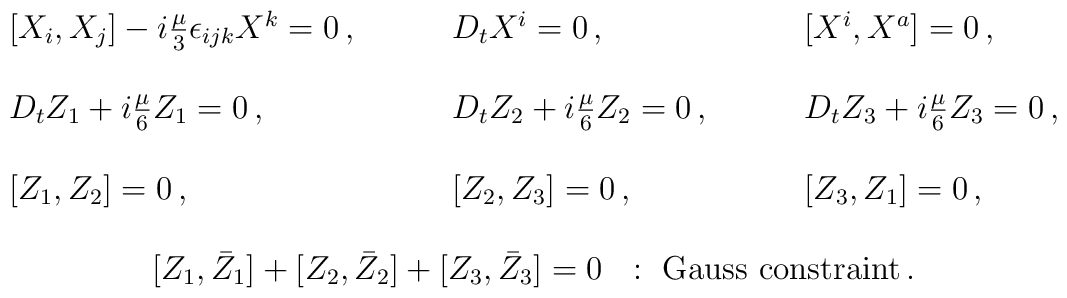
\begin{array}{lll}{}[X_{i},X_{j}]-i\textstyle{\frac{\mu}{3}}\epsilon_{ijk}X^{k}=0\,,~~~&~~~D_{t}X^{i}=0\,,~~~&~~~[X^{i},X^{a}]=0\,,\\{}&{}&{}\\D_{t}Z_{1}+i\textstyle{\frac{\mu}{6}}Z_{1}=0\,,~~~&~~~D_{t}Z_{2}+i\textstyle{\frac{\mu}{6}}Z_{2}=0\,,~~~&~~~D_{t}Z_{3}+i\textstyle{\frac{\mu}{6}}Z_{3}=0\,,\\{}&{}&{}\\{}[Z_{1},Z_{2}]=0\,,~~~&~~~[Z_{2},Z_{3}]=0\,,~~~&~~~[Z_{3},Z_{1}]=0\,,\\{}&{}&{}\\\multicolumn{3}{c}{[Z_{1},\bar{Z}_{1}]+[Z_{2},\bar{Z}_{2}]+[Z_{3},\bar{Z}_{3}]=0~~:~\mbox{Gauss~constraint\,.}}\end{array}